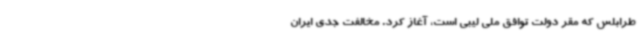
طرابلس که مقر دولت توافق ملی لیبی است، آغاز کرد. مخالفت جدی ایران